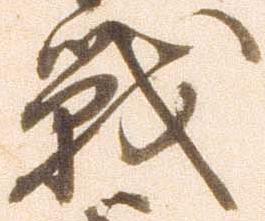
戦